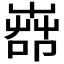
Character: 𦱡